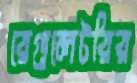
রেগুলেটরির